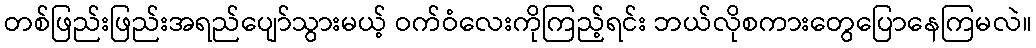
တစ်ဖြည်းဖြည်းအရည်ပျော်သွားမယ့် ဝက်ဝံလေးကိုကြည့်ရင်း ဘယ်လိုစကားတွေပြောနေကြမလဲ။